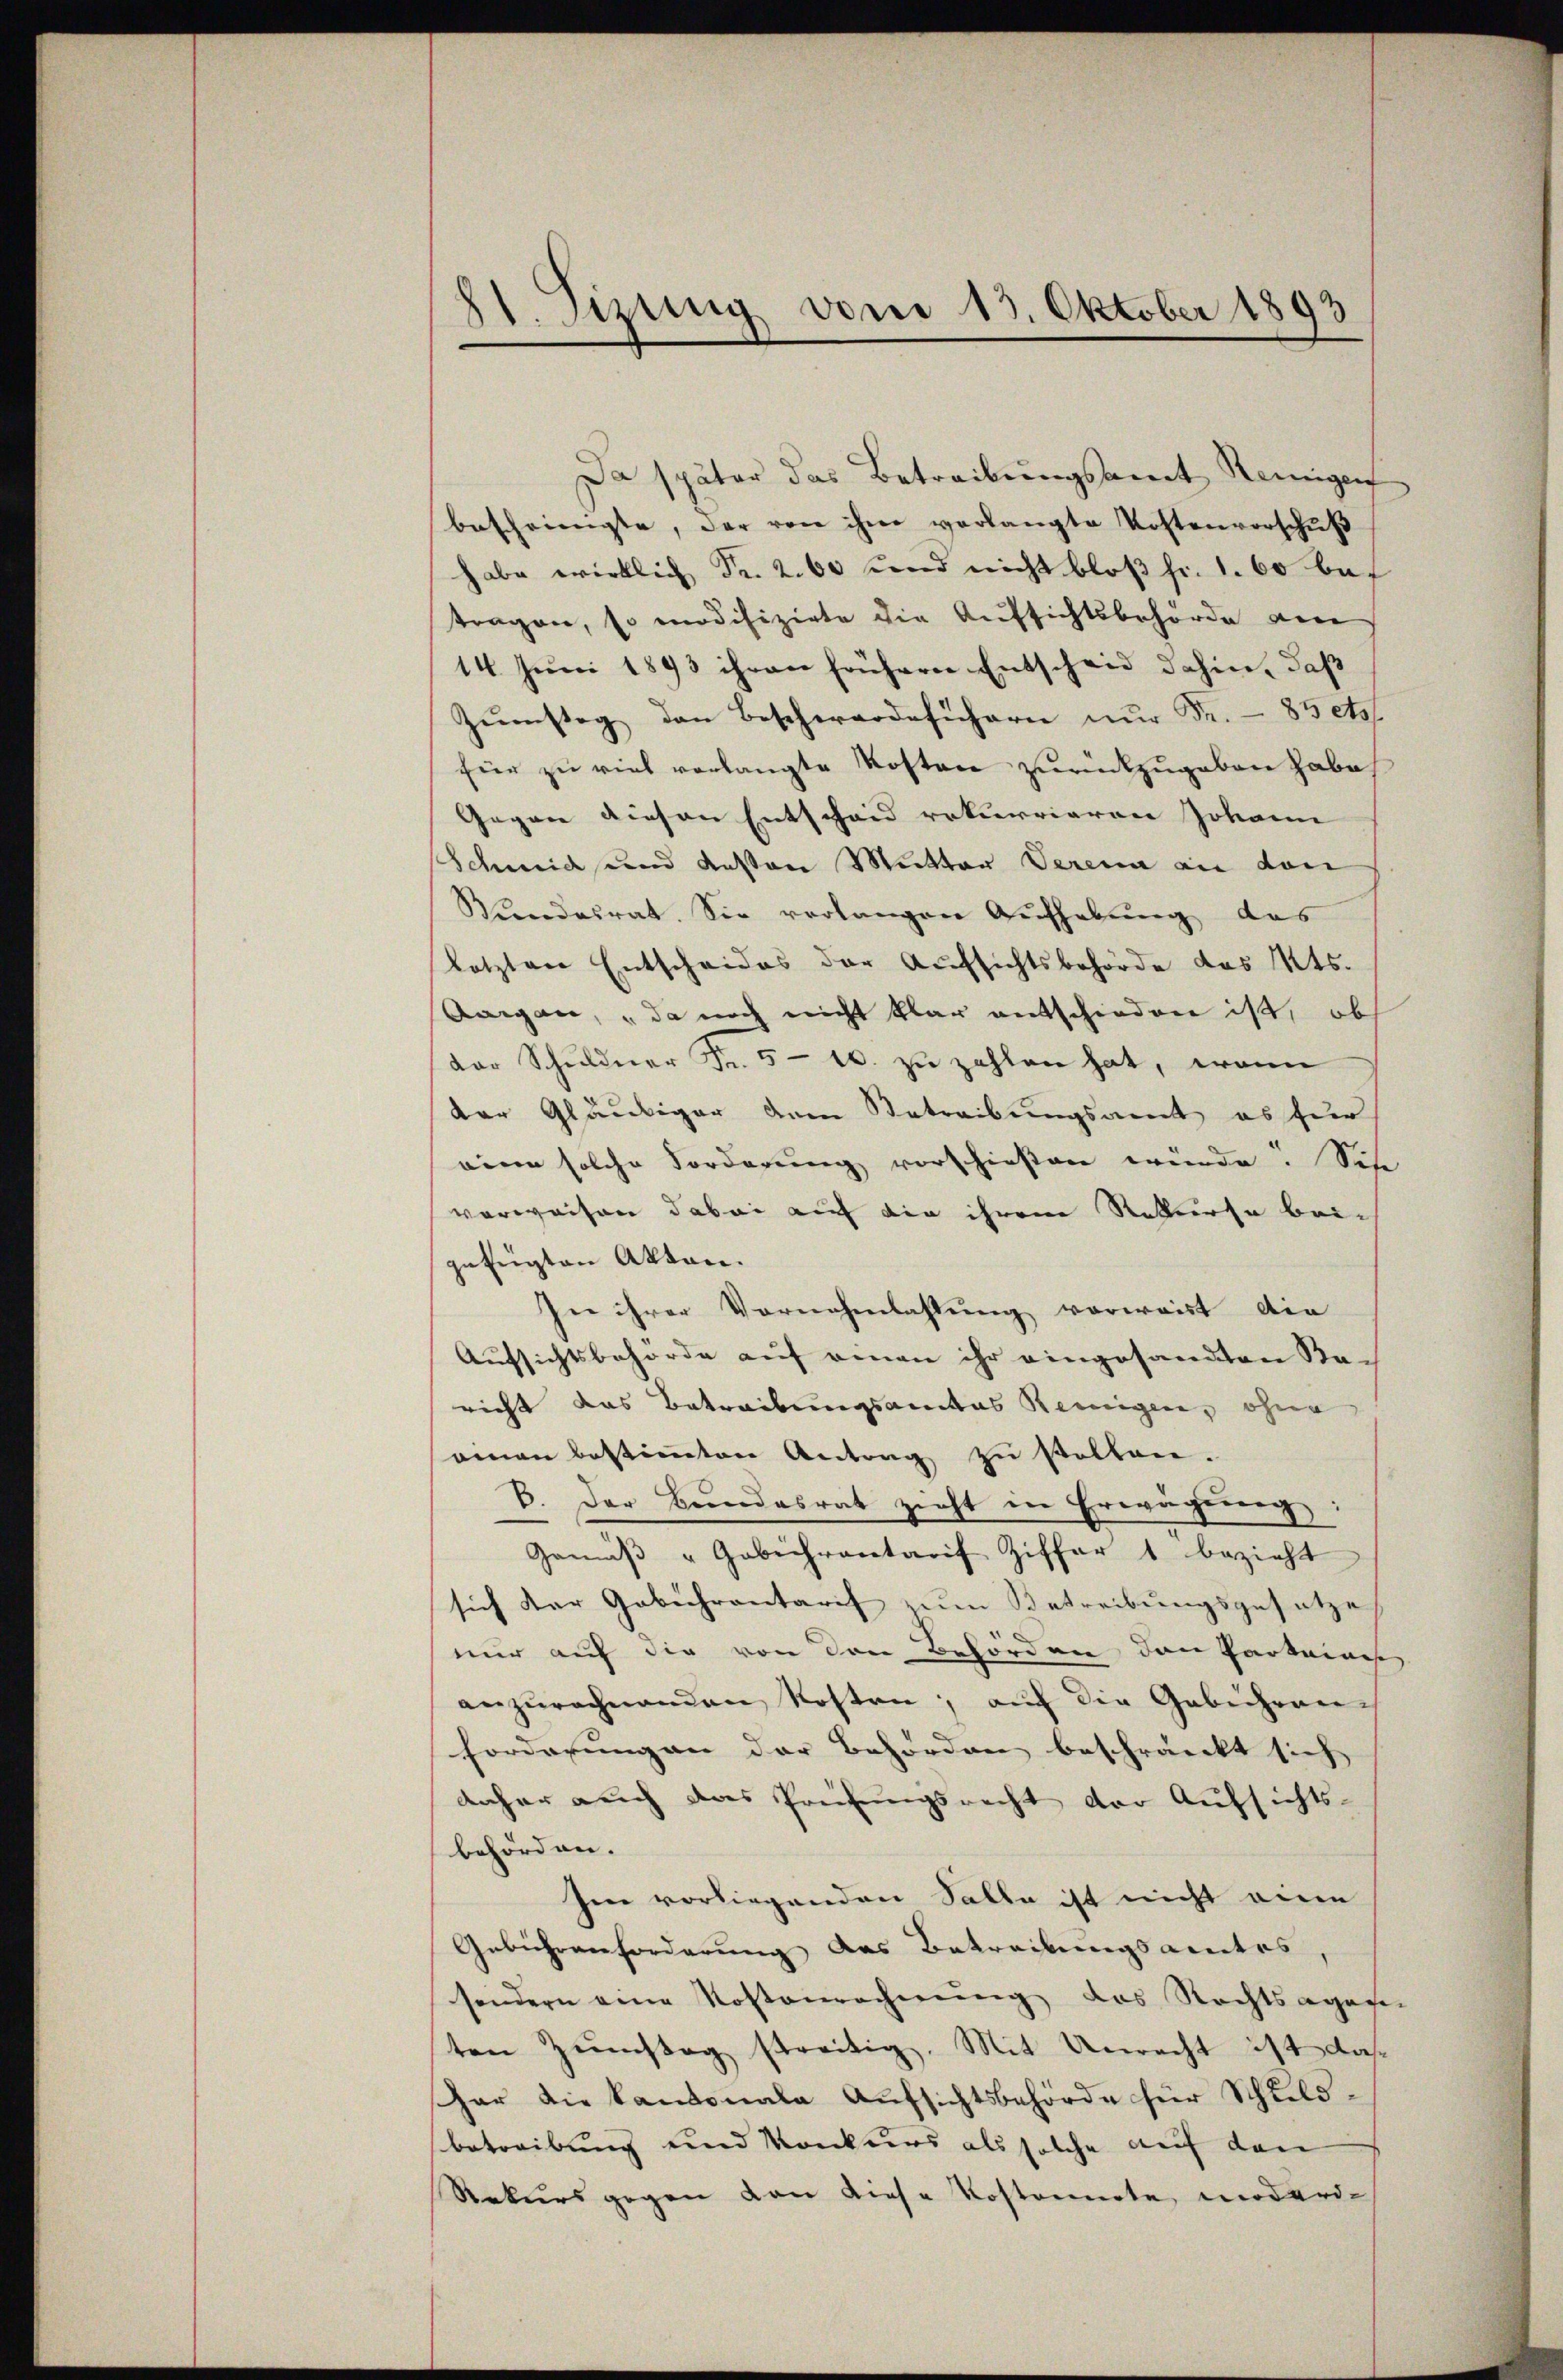
81. Szung vom 13. Oktober 1893

Da später das Betreibungsamt Reinigenf
bescheinigte, der von ihm verlangte Kostenverschŭβ
habe wirklich Fr. 260 und nicht bloß fr. 1. 60 bef
tragen, so modifizirte die Aufsichtsbehörde vere
14. Juni 1893 ihren frühern Entscheid dahin, daß
Zŭmstag den Beschwerde sichern nur Fr. - 85 ets
für zu viel verlangte Kosten zurückzugeben habe
Gegen diesen Entscheid rekurrieren Johann
Schmid und deßen Mutter Verena an den
Wundesrat. Sie verlangen Aufhebung des
Letzten Entscheides der Aufsichtsbehörde das Mts.
Aargau, da noch nicht klar entschieden ist, ob
Dor Schŭldner Fr. 5 - 10. zŭ zahlen hat, wenn
der Gläubiger dem Betreibungsamt es für
eine solche Forderung vorschießen würde. Sie
verweisen dabei auf die ihren Rekurse beigefügten Akten.
In ihrer Vornehmlassung vorweist die
Aufsichtsbehörde auf einen ihr eingesandten Sa-
richt das Betreibungsamtes Reinigen, ohne
ainen bestiṁten Antrag zu stellen.
B. Der Bundesrat zieht in Erwägung
Gemäβ " Gebührentarif Ziffer 1 bezieht
sich der Gebührentarif zum Betreibungsgesetze |
mir auf die von den Behörden den Parkeines
anzurechnenden Kosten, auf die Gebühren
forderung an der Behörden beschränkt sich |
daher auch das Prüfungsrecht der Aufsichts-
behörden.
Im vorliegenden Salle ist nicht eine
Gebührenforderung des Betreibungsamtes,
sondern eine Kostenrechnung das Rechtsagagie
ten Zumstag streitig. Mit Unrecht ist das
har die kantonale Aufsichtsbehörde für Schleld-
betreibung und Konkurs als solche auf den
Rekurs gegen von diese Kostennote, moderi-